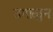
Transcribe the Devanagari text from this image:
उगाळुन